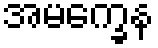
အမက္ခေန